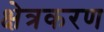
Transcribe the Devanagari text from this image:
क्षेत्रकरण